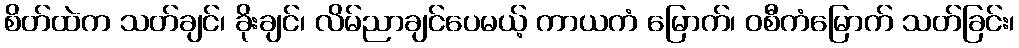
စိတ်ထဲက သတ်ချင်၊ ခိုးချင်၊ လိမ်ညာချင်ပေမယ့် ကာယကံ မြောက်၊ ဝစီကံမြောက် သတ်ခြင်း၊